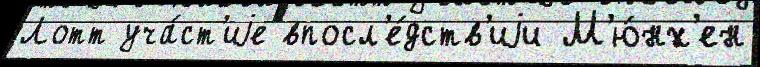
Лотт уча́ст'иjе впосл'е́дств'иjи М'ю́нх'ен